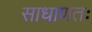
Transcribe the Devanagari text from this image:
साधाणतः